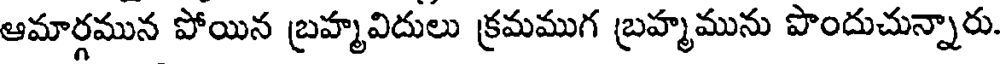
ఆమార్గమున పోయిన బ్రహ్మవిదులు క్రమముగ బ్రహ్మమును పొందుచున్నారు.